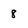
Character: 8